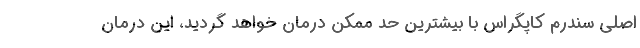
اصلی سندرم کاپگراس با بیشترین حد ممکن درمان خواهد گردید، این درمان